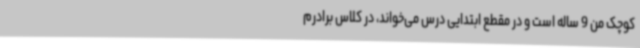
کوچک من 9 ساله است و در مقطع ابتدایی درس می‌خواند، در کلاس برادرم